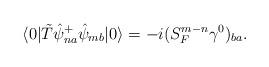
LaTeX: \begin{align*}\langle 0|\tilde{T}\hat{\psi}_{na}^{+}\hat{\psi}_{mb}|0\rangle=-i(S_{F\;}^{m-n}\gamma ^0)_{ba}.\end{align*}